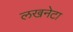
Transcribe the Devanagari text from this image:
लखनेटा